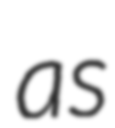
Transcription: as